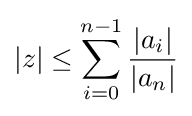
|z|\leq \sum _{i=0}^{n-1}{\frac {|a_{i}|}{|a_{n}|}}